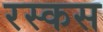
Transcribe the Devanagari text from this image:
रस्कस